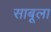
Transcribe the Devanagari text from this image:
साबूला